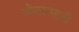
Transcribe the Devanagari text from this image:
गोवरासाठी